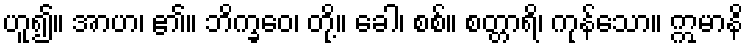
ဟူ၍။ အာဟ၊ ၏။ ဘိက္ခဝေ၊ တို့။ ခေါ၊ စစ်။ စတ္တာရိ၊ ကုန်သော။ ဣမာနိ